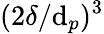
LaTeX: (2\delta/\mathrm{d}_{p})^{3}